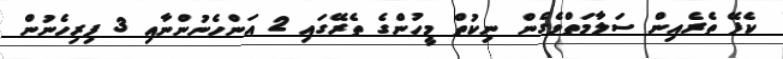
ކެފޭ ތެރެއިން ސަލާމަތްވެގެން ނިކުތް މީހުންގެ ތެރޭގައި 2 އަންހެނުންނާއި 3 ފިރިހެނުން